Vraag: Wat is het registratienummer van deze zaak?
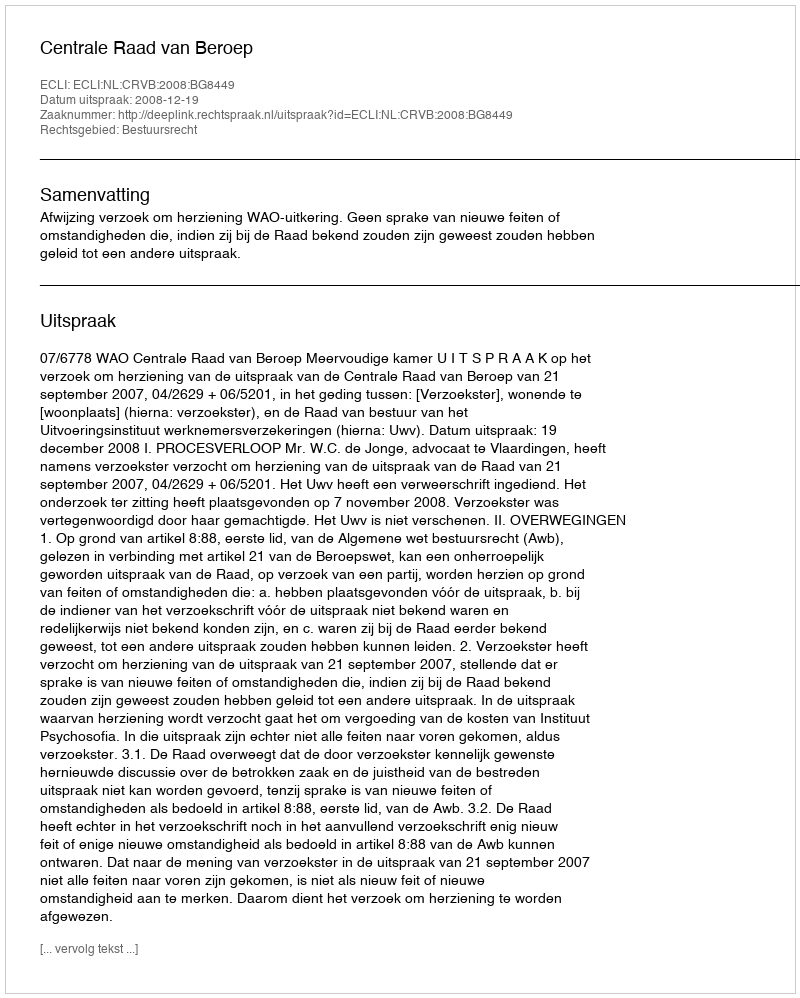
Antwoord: http://deeplink.rechtspraak.nl/uitspraak?id=ECLI:NL:CRVB:2008:BG8449